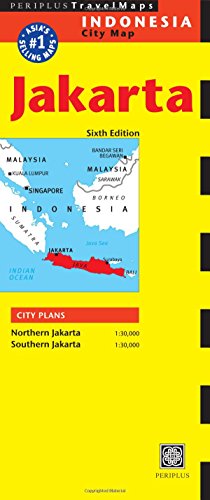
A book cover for Jakarta Travel Map Sixth Edition (Periplus Travel Maps); Travel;